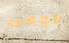
جيرمى